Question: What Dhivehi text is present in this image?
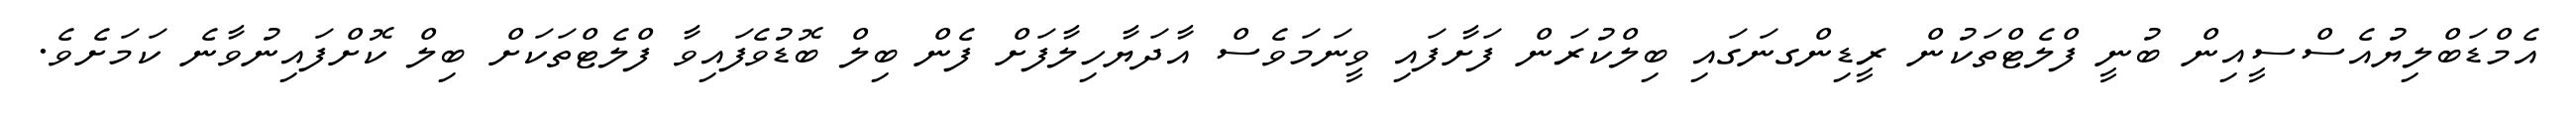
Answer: އެމްޑަބްލިޔުއެސްސީއިން ބުނީ ފްލެޓްތަކުން ރީޑިންގނަގައި ބިލްކުރަން ފަށާފައި ވީނަމަވެސް އާދަޔާހިލާފަށް ފެން ބިލް ބޮޑުވެފައިވާ ފްލެޓްތަކަށް ބިލް ކޮށްފައިނުވާނެ ކަމަށެވެ.